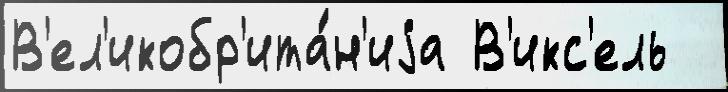
В'ел'икобр'ита́н'иjа В'икс'ель